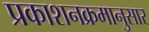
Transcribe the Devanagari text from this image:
प्रकाशनक्रमानुसार